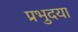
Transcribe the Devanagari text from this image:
प्रभुदया